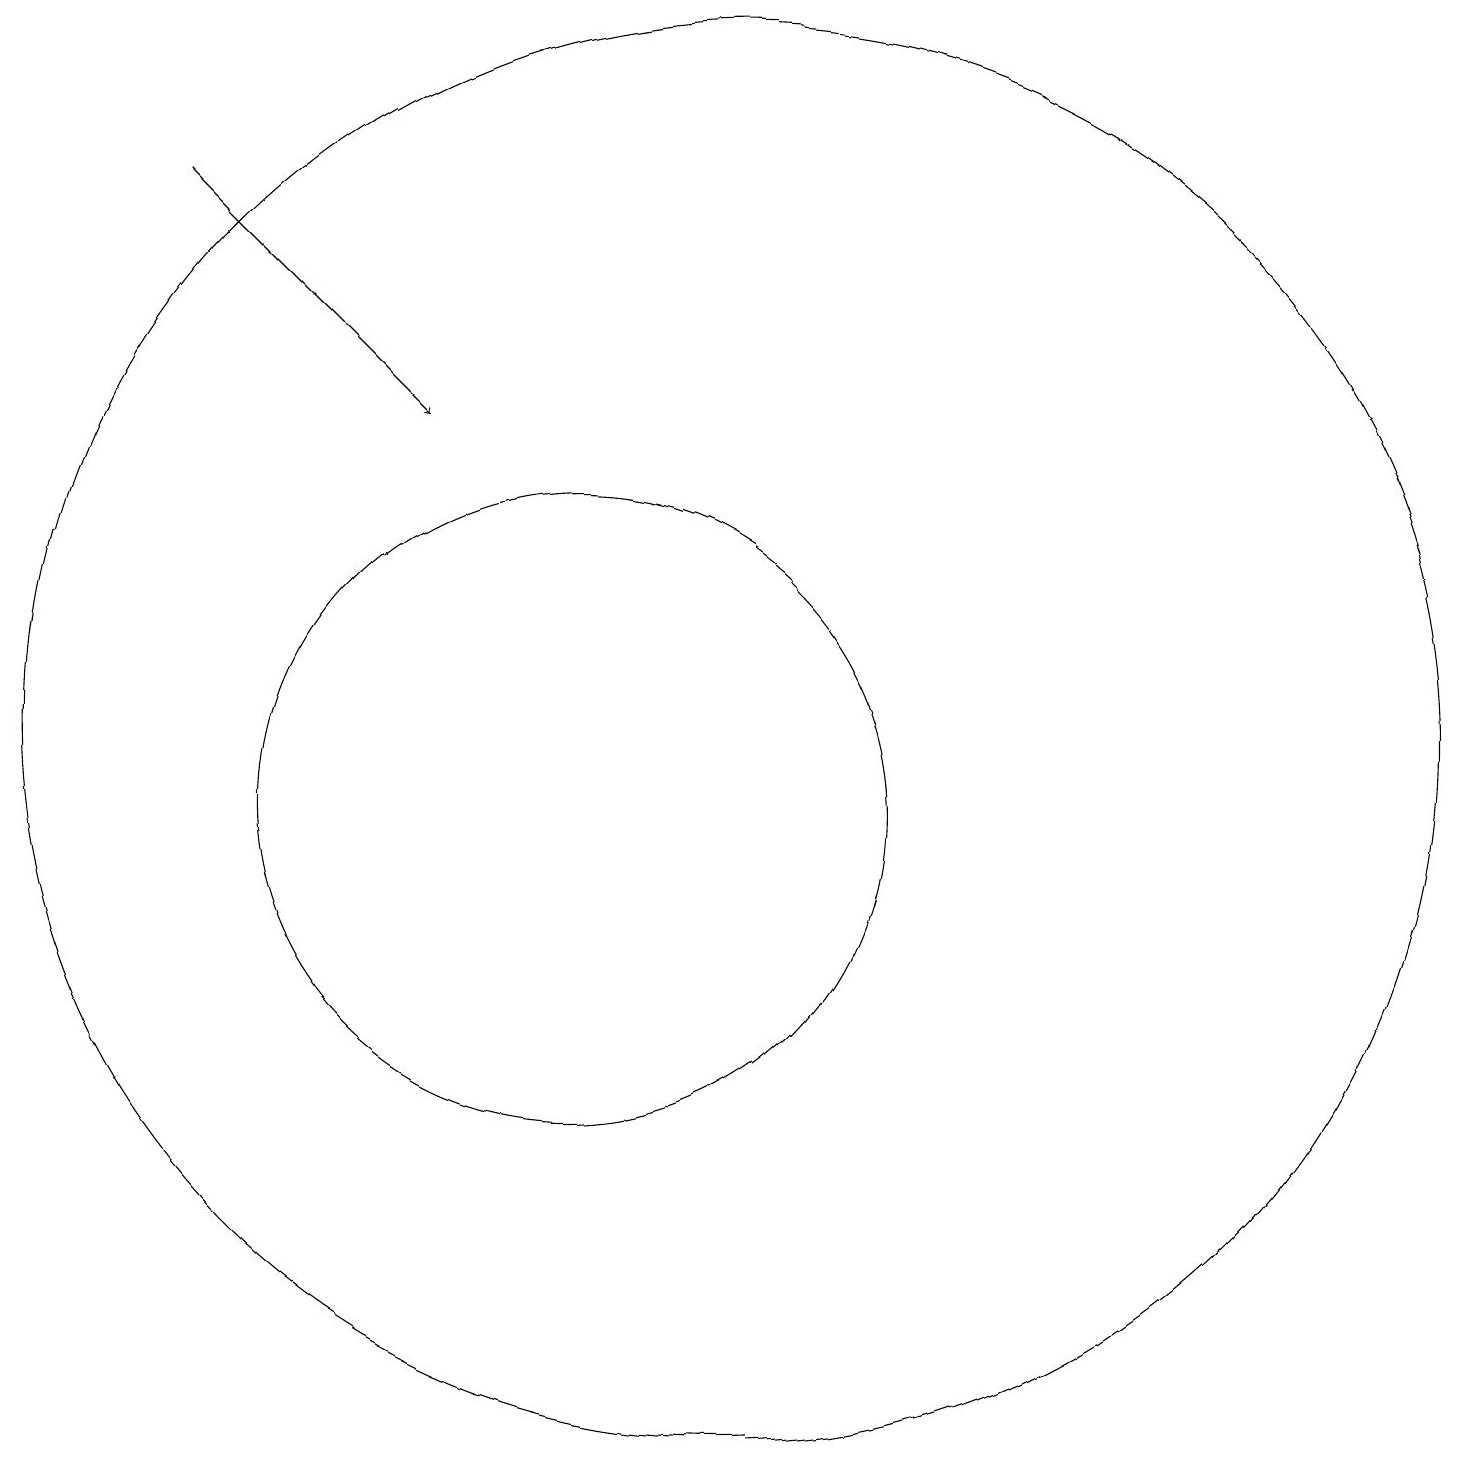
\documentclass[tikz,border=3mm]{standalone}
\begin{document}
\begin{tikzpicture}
\draw (10,10) circle (4);
\draw (12,11) circle (9);
\draw[->] (5,18) -- (8,15);
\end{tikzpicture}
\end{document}